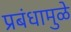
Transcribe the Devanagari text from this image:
प्रबंधामुळे